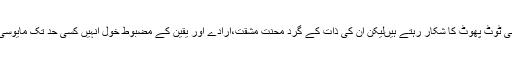
دُنیا کے کامیاب ترین انسان غیرشعوری طور پر اپنے اندر اسی ٹوٹ پھوٹ کا شکار رہتے ہیںلیکن اُن کی ذات کے گرد محنت مشقت،ارادے اور یقین کے مضبوط خول اُنہیں کسی حد تک مایوسی سے بچاتے ہیں اور آگے بڑھنے کی توانائی عطا کرتے ہیں۔